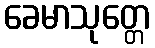
ခေမာသုတ္တေ